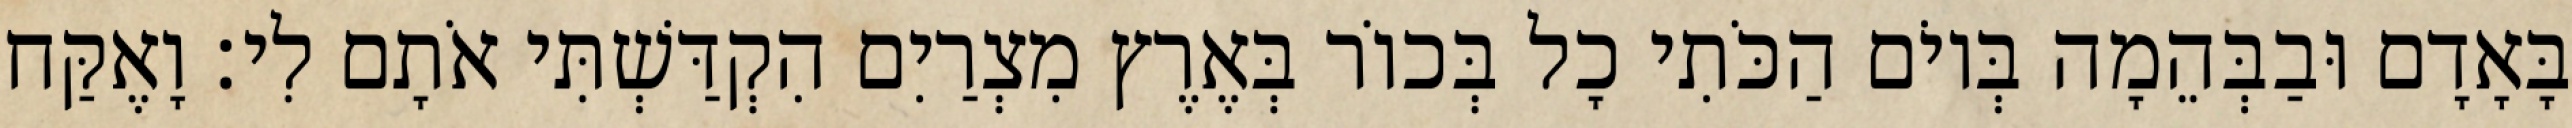
בָּאָדָם וּבַבְּהֵמָה בְּיוֹם הַכֹּתִי כָל בְּכוֹר בְּאֶרֶץ מִצְרַיִם הִקְדַּשְׁתִּי אֹתָם לִי׃ וָאֶקַּח